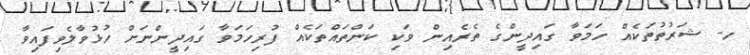
ހ- ޝަރުތުތަކެއް ހަމަވާ ގައިދީންގެ ތެރެއިން ވަކި ކަންތައްތަކެއް ފުރިހަމަވާ ގައިދީންނަށް ހުޅުވާލެވިފައިވާ